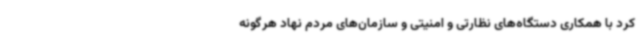
کرد با همکاری دستگاه‌های نظارتی و امنیتی و سازمان‌های مردم نهاد هرگونه